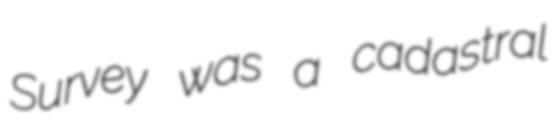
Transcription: Survey was a cadastral